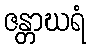
ဇန္တာဃရံ